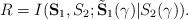
LaTeX: \begin{align*}R=I(\mathbf{S}_1,S_2;\tilde{\mathbf{S}}_1(\gamma)|S_2(\gamma)).\end{align*}